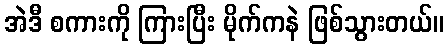
အဲဒီ စကားကို ကြားပြီး မိုက်ကနဲ ဖြစ်သွားတယ်။